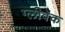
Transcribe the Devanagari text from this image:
ग्लीवेक